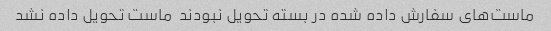
ماست‌های سفارش داده شده در بسته تحویل نبودند  ماست تحویل داده نشد